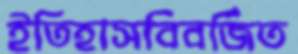
ইতিহাসবিবর্জিত